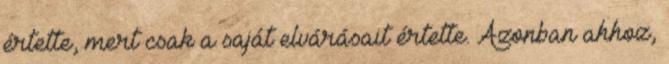
értette, mert csak a saját elvárásait értette. Azonban ahhoz,